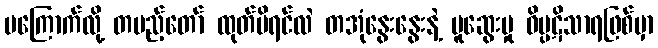
မကြောက်လို့ တပည့်တော် ထုတ်မိရင်လဲ တအုံနွေးနွေးနဲ့ ပူဆွေးမှု ဝိပ္ပဋိသာရဖြစ်မှာ